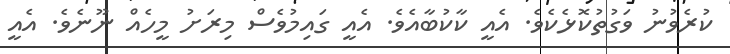
ކުރެވުނު ވަގުތުކޮޅެކެވެ. އެއީ ކާކުބާއެވެ. އެއީ ގައިމުވެސް މިރަށު މީހެއް ނޫނެވެ. އެއީ